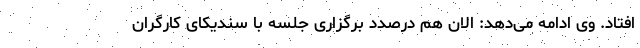
افتاد. وی ادامه می‌دهد: الان هم درصدد برگزاری جلسه با سندیکای کارگران